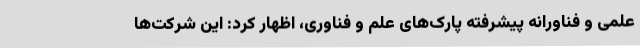
علمی و فناورانه پیشرفته پارک‌های علم و فناوری، اظهار کرد: این شرکت‌ها